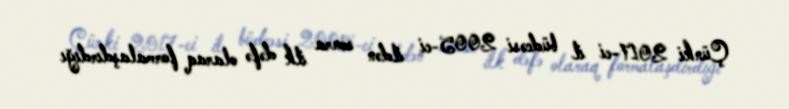
Çünki 2017-ci il büdcəsi 2005-ci ildən sonra ilk dəfə olaraq formalaşdırdığı